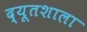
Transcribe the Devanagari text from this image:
द्यूतशाला